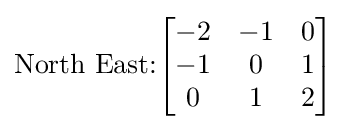
{\text{North East:}}{\begin{bmatrix}-2&-1&0\\-1&0&1\\0&1&2\end{bmatrix}}